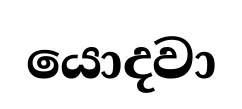
යොදවා